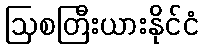
ဩစတြီးယားနိုင်ငံ